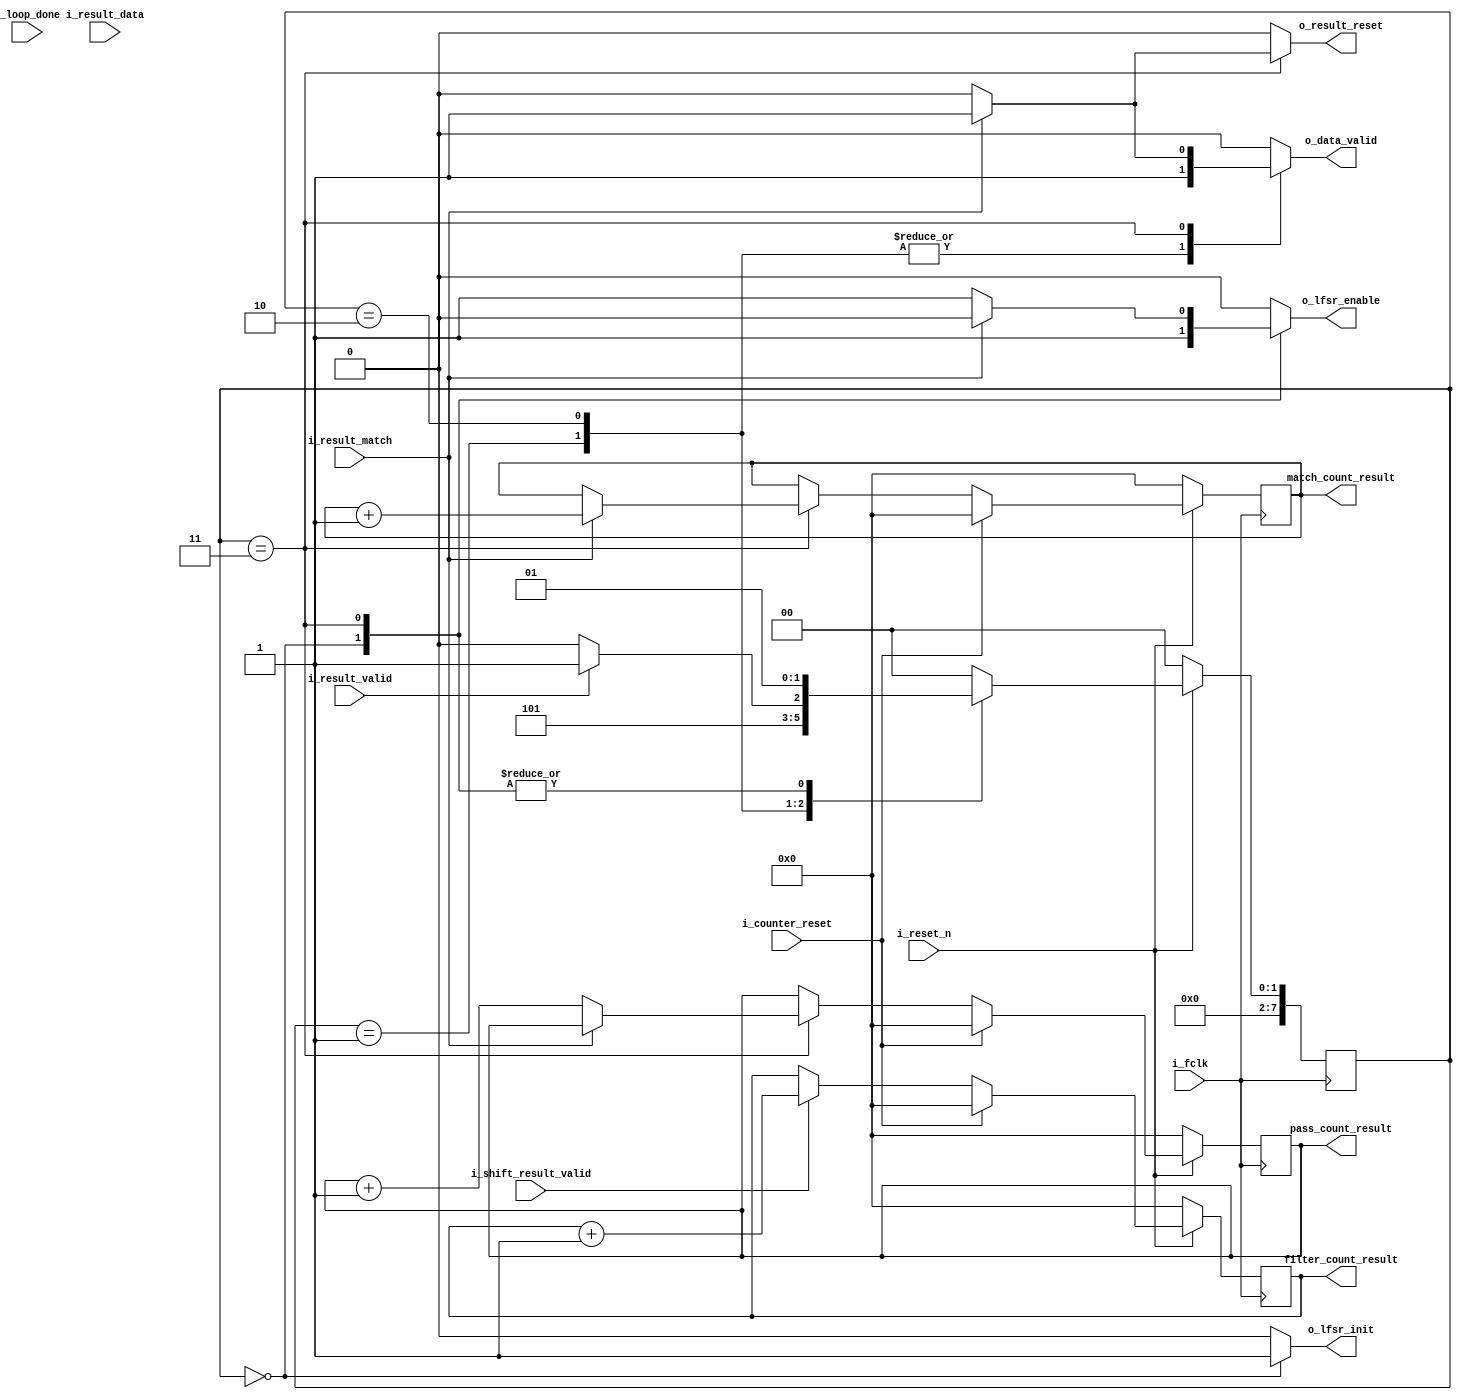
`timescale 1ns/100ps
module MATCHING_CTRL #
(
    parameter integer FILTER_LENGTH = 1024,
    parameter integer DATA_WIDTH = 64
)
(
    input wire i_fclk,
    input wire i_reset_n,

    output wire o_lfsr_init,
    output wire o_lfsr_enable,
    input wire [3:0] i_loop_done,

    output wire o_data_valid,
    input wire i_result_match,
    input wire i_result_valid,
    input wire [DATA_WIDTH-1:0] i_result_data,
    input wire i_shift_result_valid,
    output wire o_result_reset,

    input wire i_counter_reset,

    output wire [31:0] match_count_result,
    output wire [31:0] pass_count_result,
    output wire [31:0] filter_count_result
);

    localparam integer  STATE_LFSR_INIT = 'h0,
                        STATE_RAND_DATA_SET = 'h1,
                        STATE_WAIT = 'h2,
                        STATE_SET_FLAG = 'h3;

    reg [7:0] cur_state, next_state;

    reg [31:0] match_count;
    reg [31:0] pass_count;
    reg [31:0] filter_count;

    reg o_lfsr_init_reg;
    reg o_lfsr_enable_reg;
    reg o_data_valid_reg;
    reg o_result_reset_reg;

    always @(posedge i_fclk) begin
        if(!i_reset_n) begin
            cur_state <= STATE_LFSR_INIT;
        end else begin
            cur_state <= next_state;
        end
    end

    always @(*) begin
        case(cur_state)
            STATE_LFSR_INIT: begin
                next_state = STATE_RAND_DATA_SET;
            end
            STATE_RAND_DATA_SET: begin
                next_state = STATE_WAIT;
            end
            STATE_WAIT: begin
                if(i_result_valid)
                    next_state = STATE_SET_FLAG;
                else
                    next_state = STATE_WAIT;
            end
            STATE_SET_FLAG: begin
                next_state = STATE_RAND_DATA_SET;
            end
            default: begin
                next_state = STATE_LFSR_INIT;
            end
        endcase
    end

    always @(*) begin
        case(cur_state)
            STATE_LFSR_INIT: begin
                o_lfsr_init_reg = 1'b1;
                o_lfsr_enable_reg = 1'b1;
                o_data_valid_reg = 1'b0;
                o_result_reset_reg = 1'b0;
            end
            STATE_RAND_DATA_SET: begin
                o_lfsr_init_reg = 1'b0;
                o_lfsr_enable_reg = 1'b0;
                o_data_valid_reg = 1'b1;
                o_result_reset_reg = 1'b0;
            end
            STATE_WAIT: begin
                o_lfsr_init_reg = 1'b0;
                o_lfsr_enable_reg = 1'b0;
                o_data_valid_reg = 1'b1;
                o_result_reset_reg = 1'b0;
            end
            STATE_SET_FLAG: begin
                if(i_result_match) begin
                    o_lfsr_init_reg = 1'b0;
                    o_lfsr_enable_reg = 1'b0;
                    o_data_valid_reg = 1'b1;
                    o_result_reset_reg = 1'b1;
                end else begin
                    o_lfsr_init_reg = 1'b0;
                    o_lfsr_enable_reg = 1'b1;
                    o_data_valid_reg = 1'b0;
                    o_result_reset_reg = 1'b0;
                end
            end
            default: begin
                o_lfsr_init_reg = 1'b0;
                o_lfsr_enable_reg = 1'b0;
                o_data_valid_reg = 1'b0;
                o_result_reset_reg = 1'b0;
            end
        endcase
    end

    assign o_lfsr_init = o_lfsr_init_reg;
    assign o_lfsr_enable = o_lfsr_enable_reg;
    assign o_data_valid = o_data_valid_reg;
    assign o_result_reset = o_result_reset_reg;

    always @(posedge i_fclk) begin
        if(!i_reset_n) begin
            match_count <= 'h0;
            pass_count <= 'h0;
            filter_count <= 'h0;
        end else begin
            if(i_counter_reset) begin
                match_count <= 'h0;
                pass_count <= 'h0;
                filter_count <= 'h0;
            end else begin
                if(cur_state == STATE_SET_FLAG) begin
                    if(i_result_match)
                        match_count <= match_count + 1'b1;
                    else
                        pass_count <= pass_count + 1'b1;
                end
                if(i_shift_result_valid)
                    filter_count <= filter_count + 1'b1;
            end
        end
    end

    assign match_count_result = match_count;
    assign pass_count_result = pass_count;
    assign filter_count_result = filter_count;

endmodule